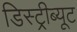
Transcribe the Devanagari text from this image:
डिस्ट्रीब्यूट